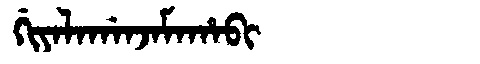
Manchu: ᡤᡳᠶᠠᠯᠠᡤᠠᠨᠵᠠᠮᠠᡥᠠᠪᡳ
Romanization: GIYALAGANJAMAHABI